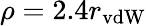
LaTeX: \rho=2.4r_{\mathrm{vdW}}